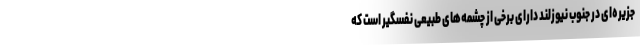
جزیره‌ای در جنوب نیوزلند دارای برخی از چشمه‌های طبیعی نفسگیر است که